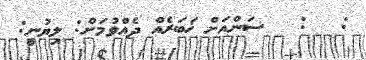
:   :   ސަންއަށް ޚަބަރެއް ދެއްވުމަށް: ލިޔުނީ: